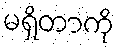
မရှိတာကို